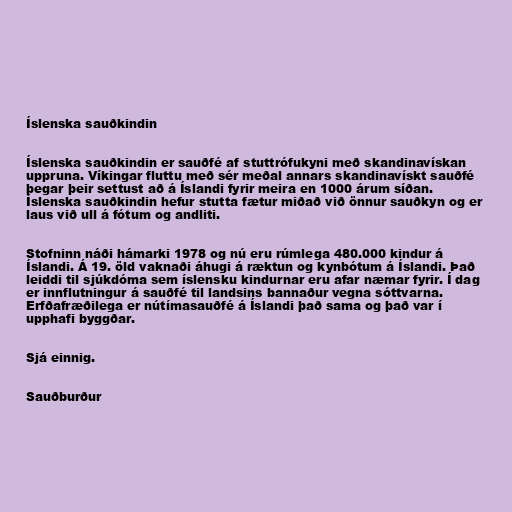
Íslenska sauðkindin

Íslenska sauðkindin er sauðfé af stuttrófukyni með skandinavískan
uppruna. Víkingar fluttu með sér meðal annars skandinavískt sauðfé
þegar þeir settust að á Íslandi fyrir meira en 1000 árum síðan.
Íslenska sauðkindin hefur stutta fætur miðað við önnur sauðkyn og er
laus við ull á fótum og andliti.

Stofninn náði hámarki 1978 og nú eru rúmlega 480.000 kindur á
Íslandi. Á 19. öld vaknaði áhugi á ræktun og kynbótum á Íslandi. Það
leiddi til sjúkdóma sem íslensku kindurnar eru afar næmar fyrir. Í dag
er innflutningur á sauðfé til landsins bannaður vegna sóttvarna.
Erfðafræðilega er nútímasauðfé á Íslandi það sama og það var í
upphafi byggðar.

Sjá einnig.

Sauðburður